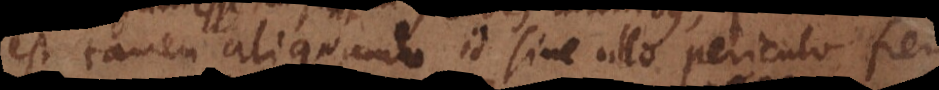
est tamen aliquando id sine ullo periculo fieri